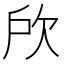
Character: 𣢖